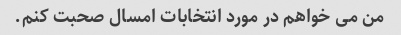
من می خواهم در مورد انتخابات امسال صحبت کنم.